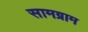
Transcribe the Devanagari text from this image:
सामग्राम